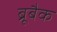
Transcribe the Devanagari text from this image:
ब्रूबैक